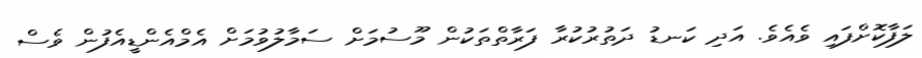
ލަފާކޮށްފައި ވެއެވެ. އަދި ކަނޑު ދަތުރުކުރާ ފަރާތްތަކުން މޫސުމަށް ސަމާލުވުމަށް އެމްއެންޑީއެފުން ވެސް